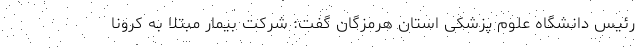
رئیس دانشگاه علوم پزشکی استان هرمزگان گفت: شرکت بیمار مبتلا به کرونا